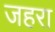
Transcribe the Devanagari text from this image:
जहरा